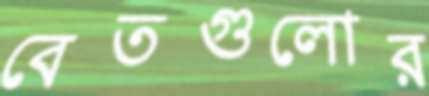
বেতগুলোর